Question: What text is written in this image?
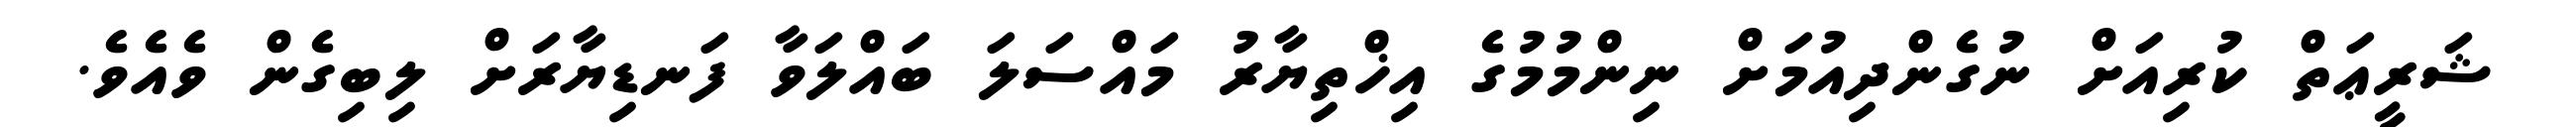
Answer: ޝަރީޢަތް ކުރިއަށް ނުގެންދިއުމަށް ނިންމުމުގެ އިޚްތިޔާރު މައްސަލަ ބައްލަވާ ފަނޑިޔާރަށް ލިބިގެން ވެއެވެ.